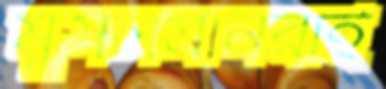
মুসলমানরাই